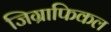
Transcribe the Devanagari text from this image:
जिग्राफिकल